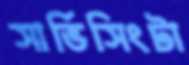
সার্ভিসিংটা